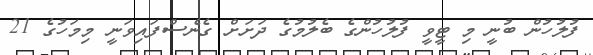
ފުލުހުން ބުނީ މި ޓީވީ ފުލުހުންގެ ބެލުމުގެ ދަށަށް ގެނެސްފައިވަނީ މިމަހުގެ 21